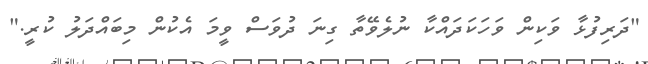
"ދަރިފުޅާ ވަކިން ވަހަކަދައްކާ ނުލެވޭތާ ގިނަ ދުވަސް ވީމަ އެކުން މިބައްދަލު ކުރީ."